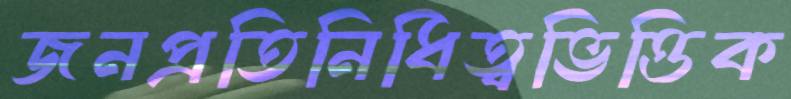
জনপ্রতিনিধিত্বভিত্তিক